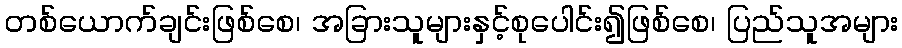
တစ်ယောက်ချင်းဖြစ်စေ၊ အခြားသူများနှင့်စုပေါင်း၍ဖြစ်စေ၊ ပြည်သူအများ